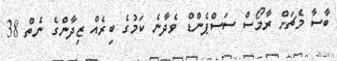
ބާސާ މެޗަށް ރާމޯސް ސަސްޕެންޑް ވެދާނެ ކަމުގެ ބިރެއް ޒިދާންގެ ނެތް 38